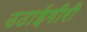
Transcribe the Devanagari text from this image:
उठाईगीरी